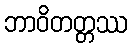
ဘာဝိတတ္တဿ